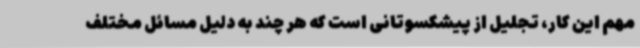
مهم این کار، تجلیل از پیشکسوتانی است که هر چند به دلیل مسائل مختلف